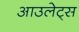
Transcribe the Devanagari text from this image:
आउलेट्स